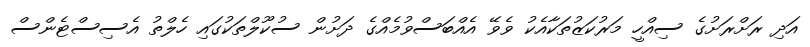
އަދި ރަށްރަށުގެ ސިއްހީ މަރުކަޒުތަކާއެކު ވެވޭ އެއްބަސްވުމެއްގެ ދަށުން ސުކޫލްތަކުގައި ހެލްތު އެސިސްޓެންސް